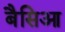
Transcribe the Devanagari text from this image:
बैसिआ